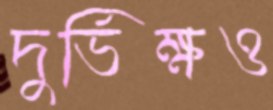
দুর্ভিক্ষও